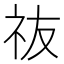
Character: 鿆